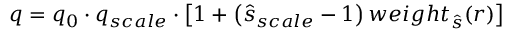
q = q _ { 0 } \cdot q _ { s c a l e } \cdot \left[ 1 + \left( \hat { s } _ { s c a l e } - 1 \right) w e i g h t _ { \hat { s } } ( r ) \right]